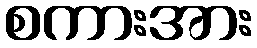
စကားအား